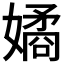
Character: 𭒠